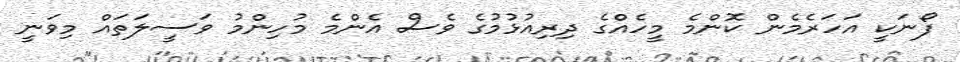
ފޯނަކީ އަހަރެމެން ކޮންމެ މީހެއްގެ ދިރިއުޅުމުގެ ވެސް އެންމެ މުހިންމު ވަސީލަތައް މިވަނީ